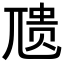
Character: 𪨇